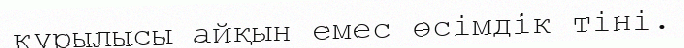
құрылысы айқын емес өсімдік тіні.